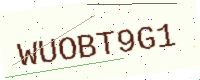
Text: WUOBT9G1